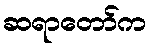
ဆရာတော်က